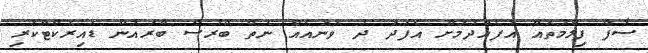
ސާފް ފިލްމުތައް އުފެއްދުމަށް އެފަދަ ދެ ވަނައެއް ނެތް ބްރުސް ބްރައުން ޑައިރެކްޓްކުރި